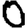
Digit: 0